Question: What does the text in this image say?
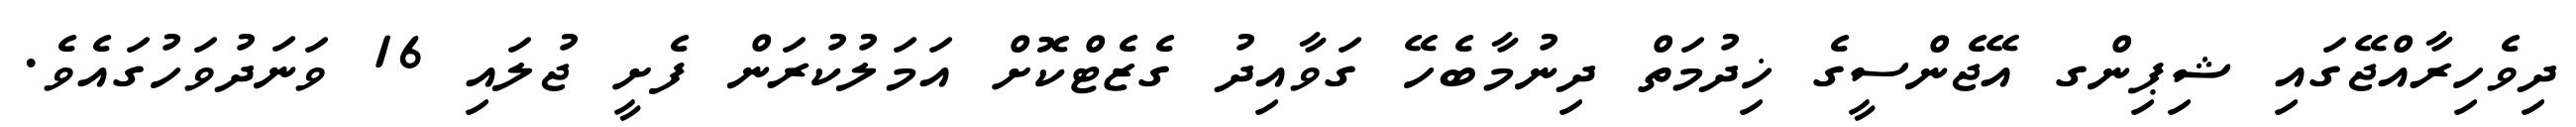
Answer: ދިވެހިރާއްޖޭގައި ޝިޕިންގ އޭޖެންސީގެ ޚިދުމަތް ދިނުމާބެހޭ ގަވާއިދު ގެޒެޓްކޮށް އަމަލުކުރަން ފެށީ ޖުލައި 16 ވަނަދުވަހުގައެވެ.